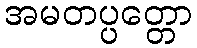
အမတပ္ပတ္တော